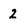
Character: 2